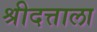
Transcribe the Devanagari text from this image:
श्रीदत्ताला